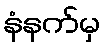
နံနက်မှ